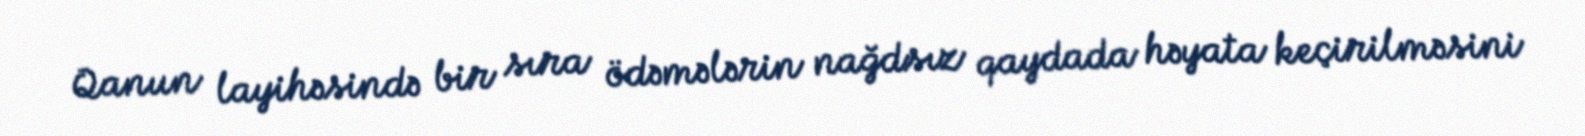
Qanun layihəsində bir sıra ödəmələrin nağdsız qaydada həyata keçirilməsini